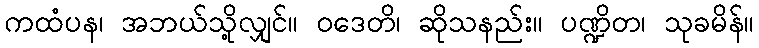
ကထံပန၊ အဘယ်သို့လျှင်။ ဝဒေတိ၊ ဆိုသနည်း။ ပဏ္ဍိတ၊ သုခမိန်။